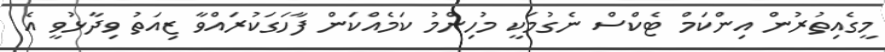
މީގެއިތުރުން އިންކަމް ޓެކްސް ނެގުމަކީ މުހިންމު ކަމެއްކަން ފާހަގަކުރައްވާ ޒިއަތު ވިދާޅުވީ އެ